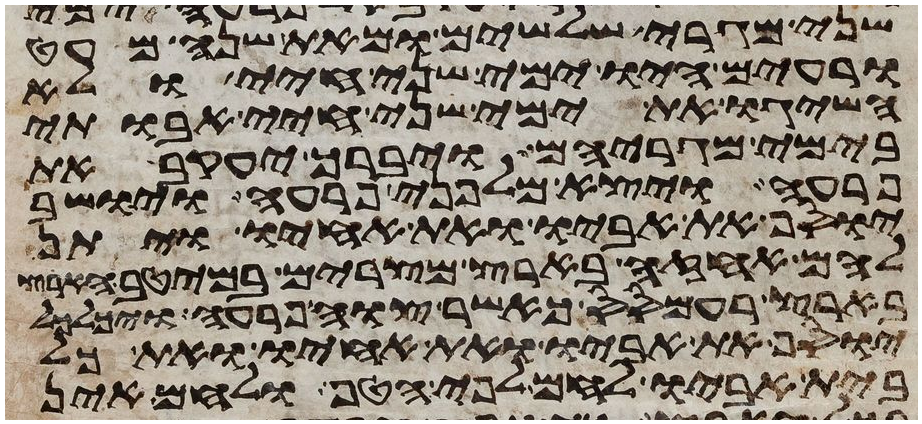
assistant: שני מגרי שלשים ומאת שנה מעט
ורעים היו ימי שני חיי ולא
השיגו את ימי שני חיי אבותי
בימי מגריהם ויברך יעקב את
פרעה ויצא מלפני פרעה ויושב
יוסף את אביו ואת אחיו ויתן
להם אחזה בארץ מצרים במיטב הארץ
בארץ רעמסס כאשר צוה פרעה ויכלכל
יוסף את אביו ואת אחיו ואת כל
בית אביו לחם לפי הטף ולחם אין